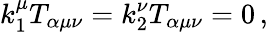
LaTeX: k_{1}^{\mu}T_{\alpha\mu\nu}=k_{2}^{\nu}T_{\alpha\mu\nu}=0\, ,